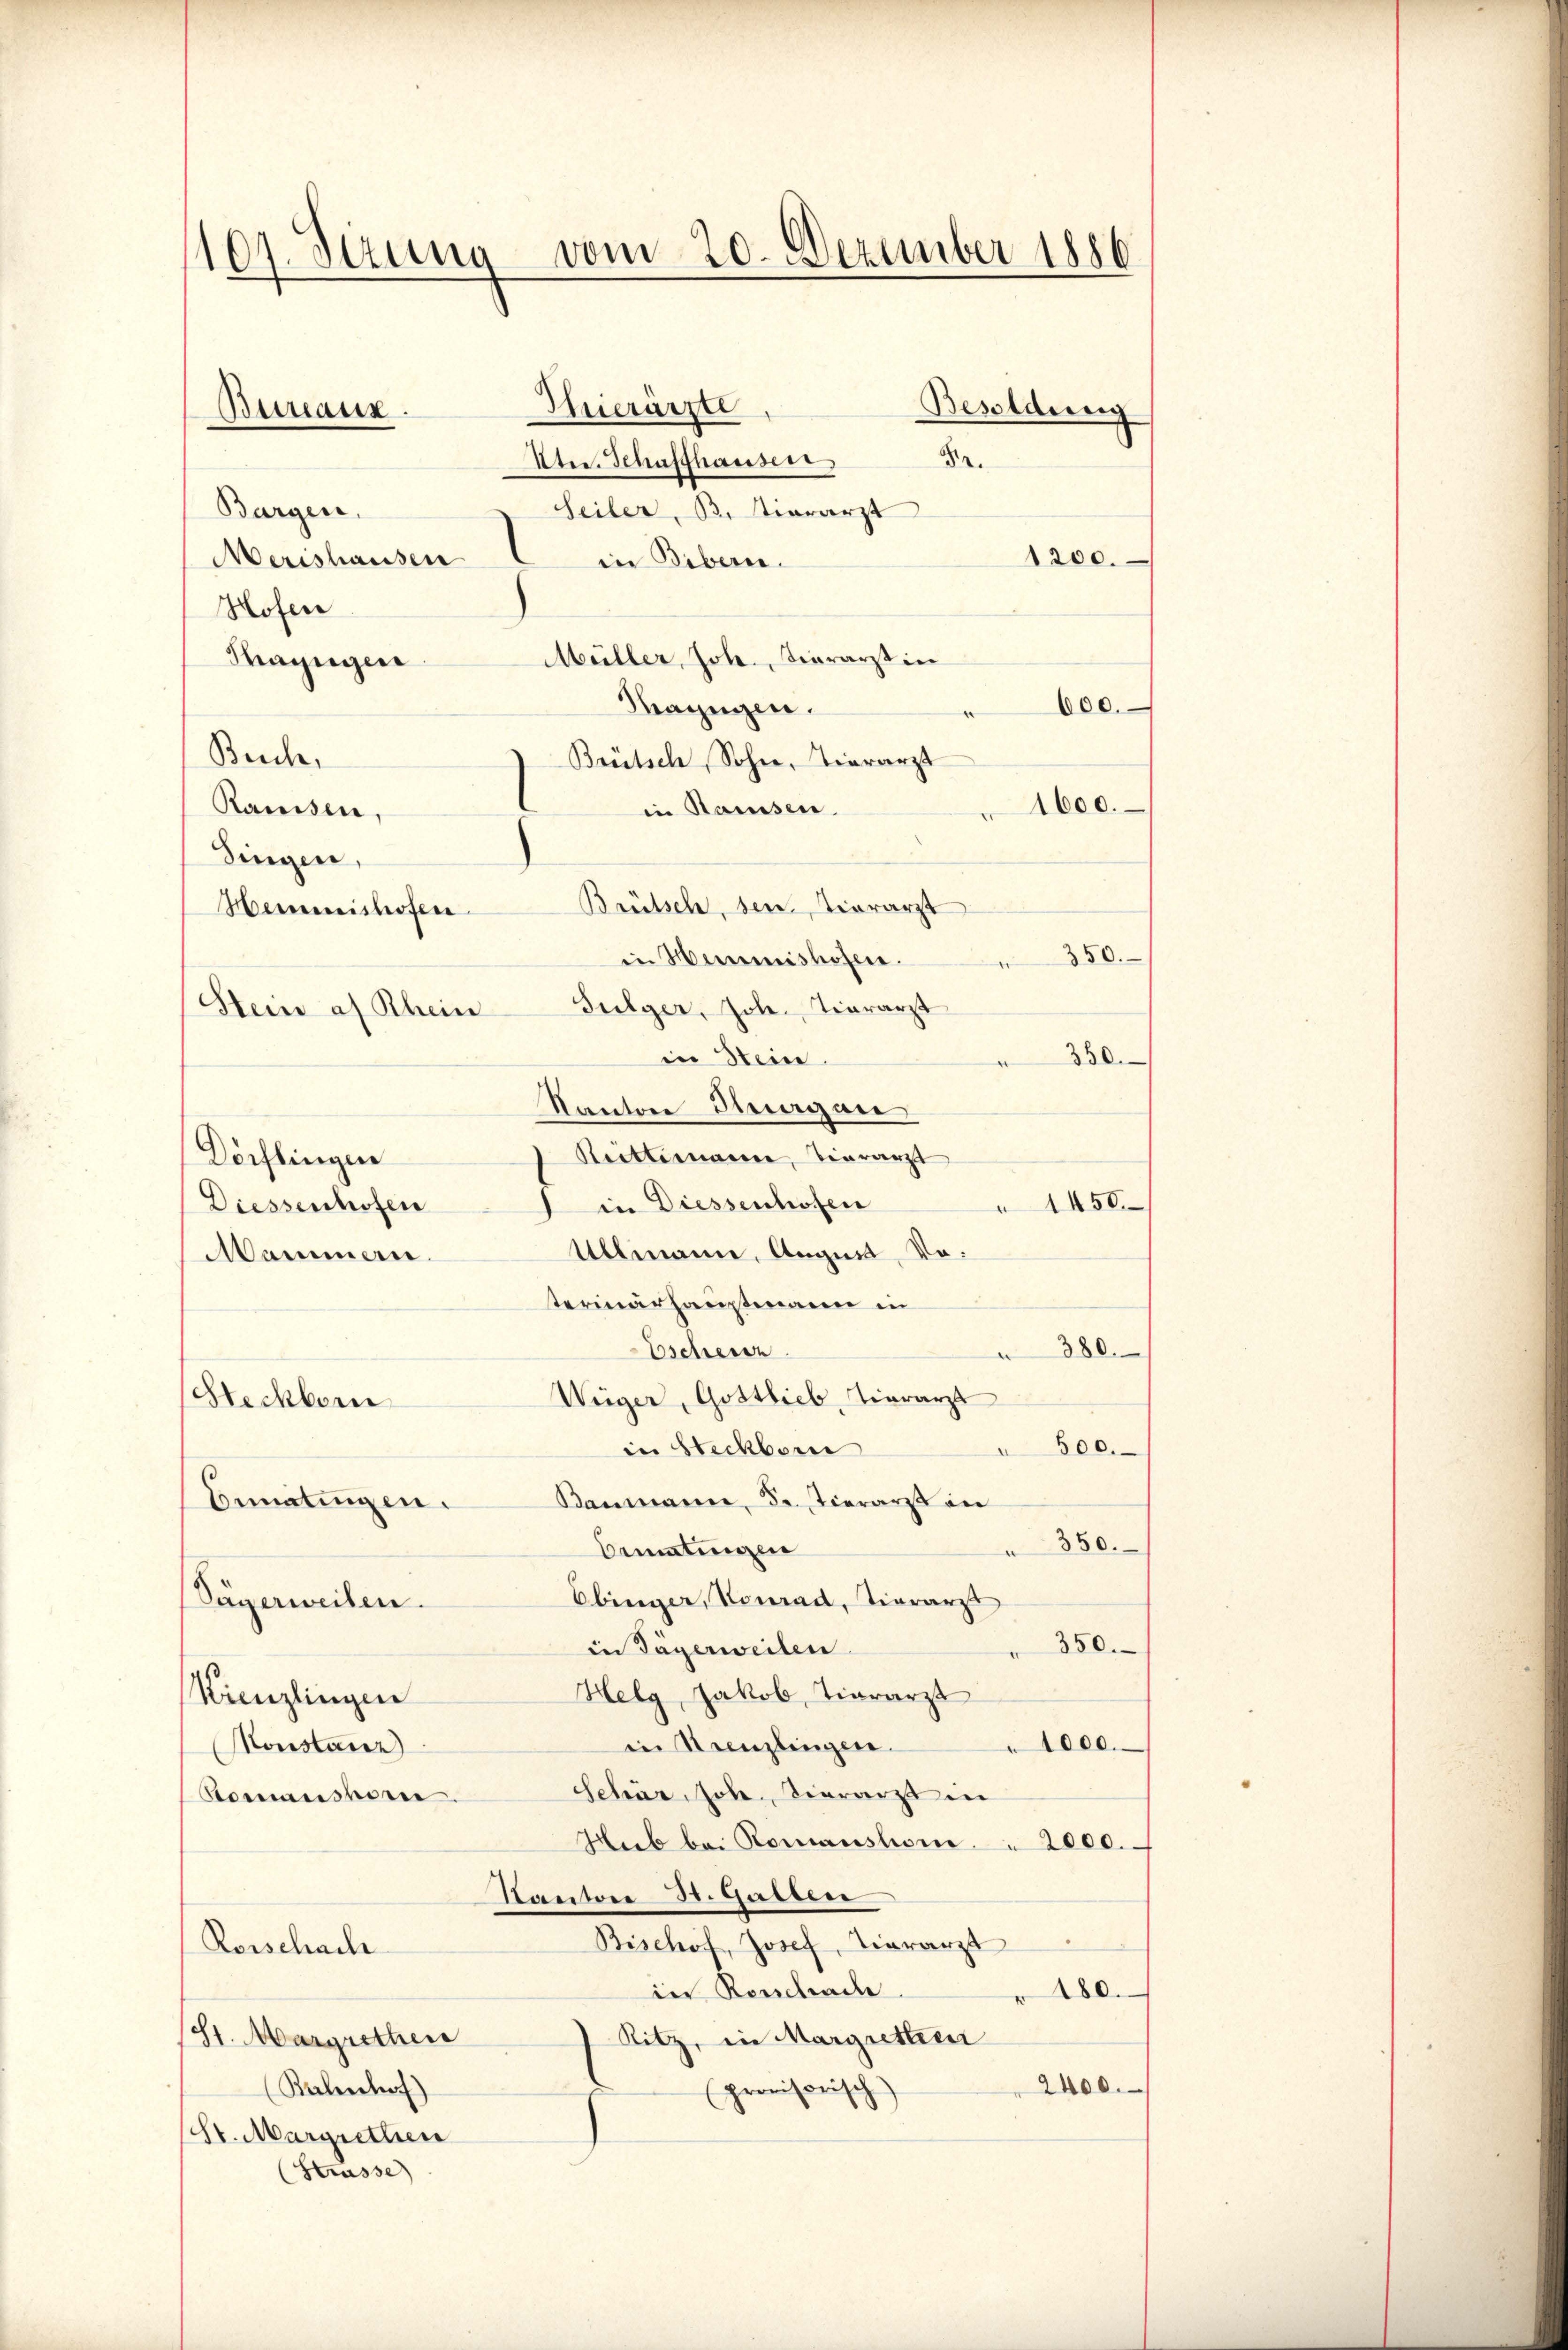
vom 20. Dezember 1886.
107. Serung
Hierärzte
Besoldung
Bureaux

.
Uter. Schaffhauser
Bargen.
Seiler, B. vierarzt
1200.
Merishausen
in Bibern.
Hofer
Müller, Joh. Tierarzt in
Mazügen
Mazzügen.
600.
Beich,
Brütsch, Sohne, Tierarzt
Ramsen,
in Samsen.
1600.
Singen,
Brütsch, den Verarzt
Heimreishofen
350.
in Hemmnishofen.
d
Sulger, Joh. Tierarzt
Stein af Rhein
in Stein
350.
Kanton Tuorgan
Reittimanne, vierarzt
Dörflingen
1 in Diessenhofen
1450.
Diessenhofen
Allianne, August, Vo¬
Mannern.
terinärhauptmann in
380.
Eschein
Weiger, Gottlieb, Tierarzt
Steckborn
" 500.
in Steckborn
Bematingen. Baumann, de Tierarzt in
350.
Bematingen
Ebinger, Konrad, Tierarzt
Sägerweisen.
350.
in Tägerweilen
Helg, Jakob Tierarzt
Kreuzlingen
1000.
in Kreuzlingen.
Konstanz)
Schär, Joh. Hierarzt in
Romanskom
Hub bei Romanstone. " 2000.
Kanton St. Gatten
Bischof, Josef, Tierarzt
Rorschache
in Rorschade
180.
81. Margrethen
Ritz, in Margretter
2400.
(Bahnhof)
(provisorisch)
(St. Margrethen
(Strasse)